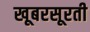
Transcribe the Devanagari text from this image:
खूबरसूरती